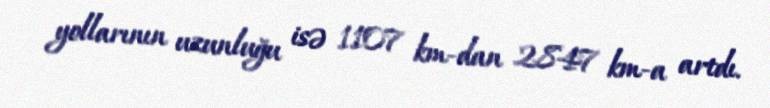
yollarının uzunluğu isə 1107 km-dan 2847 km-a artdı.